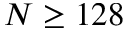
N \geq 1 2 8